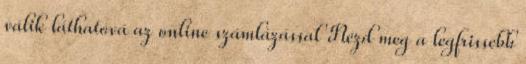
válik láthatóvá az online számlázással Nézd meg a legfrissebb